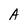
Character: A